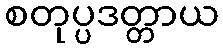
စတုပ္ပဒတ္တာယ